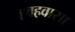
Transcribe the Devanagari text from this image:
हवहवासा